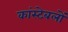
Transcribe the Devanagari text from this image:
कांस्‍टेबलों